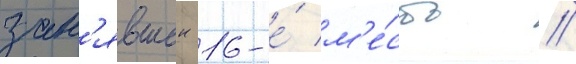
зан'явшеи 16-е́ м'е́сто /